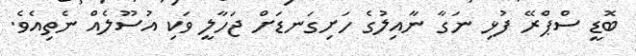
ބޮޑީ ސްޕްރޭ ފުޅި ނަގާ ނާއިލުގެ ހަށިގަނޑަށް ޖަހާލީ ވަކި އުސޫލެއް ނެތިއެވެ.